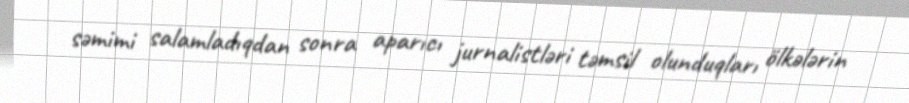
səmimi salamladıqdan sonra aparıcı jurnalistləri təmsil olunduqları ölkələrin